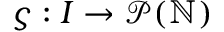
\varsigma : I \rightarrow \mathcal { P } ( \mathbb { N } )